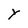
Character: Y